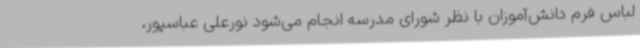
لباس فرم دانش‌آموزان با نظر شورای مدرسه انجام می‌شود نورعلی عباسپور،